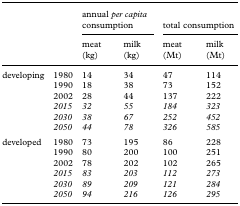
<table><thead><tr><td></td><td></td><td colspan="2"><b>annual <i>per capita</i> consumption</b></td><td colspan="2"><b>total consumption</b></td></tr><tr><td></td><td></td><td><b>meat (kg)</b></td><td><b>milk (kg)</b></td><td><b>meat (Mt)</b></td><td><b>milk (Mt)</b></td></tr></thead><tbody><tr><td>developing</td><td>1980</td><td>14</td><td>34</td><td>47</td><td>114</td></tr><tr><td></td><td>1990</td><td>18</td><td>38</td><td>73</td><td>152</td></tr><tr><td></td><td>2002</td><td>28</td><td>44</td><td>137</td><td>222</td></tr><tr><td></td><td><i>2015</i></td><td><i>32</i></td><td><i>55</i></td><td><i>184</i></td><td><i>323</i></td></tr><tr><td></td><td><i>2030</i></td><td><i>38</i></td><td><i>67</i></td><td><i>252</i></td><td><i>452</i></td></tr><tr><td></td><td><i>2050</i></td><td><i>44</i></td><td><i>78</i></td><td><i>326</i></td><td><i>585</i></td></tr><tr><td>developed</td><td>1980</td><td>73</td><td>195</td><td>86</td><td>228</td></tr><tr><td></td><td>1990</td><td>80</td><td>200</td><td>100</td><td>251</td></tr><tr><td></td><td>2002</td><td>78</td><td>202</td><td>102</td><td>265</td></tr><tr><td></td><td><i>2015</i></td><td><i>83</i></td><td><i>203</i></td><td><i>112</i></td><td><i>273</i></td></tr><tr><td></td><td><i>2030</i></td><td><i>89</i></td><td><i>209</i></td><td><i>121</i></td><td><i>284</i></td></tr><tr><td></td><td><i>2050</i></td><td><i>94</i></td><td><i>216</i></td><td><i>126</i></td><td><i>295</i></td></tr></tbody></table>